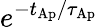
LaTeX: e^{-t_{\mathrm{Ap}}/\tau_{\mathrm{Ap}}}